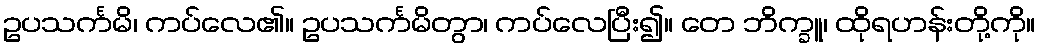
ဥပသင်္ကမိ၊ ကပ်လေ၏။ ဥပသင်္ကမိတွာ၊ ကပ်လေပြီး၍။ တေ ဘိက္ခူ၊ ထိုရဟန်းတို့ကို။